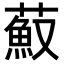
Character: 𦼼